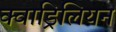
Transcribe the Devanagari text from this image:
क्वाड्रिलियन